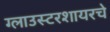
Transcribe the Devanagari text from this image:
ग्लाउस्टरशायरचे